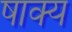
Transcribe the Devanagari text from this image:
षाक्य